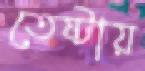
তেষ্টায়